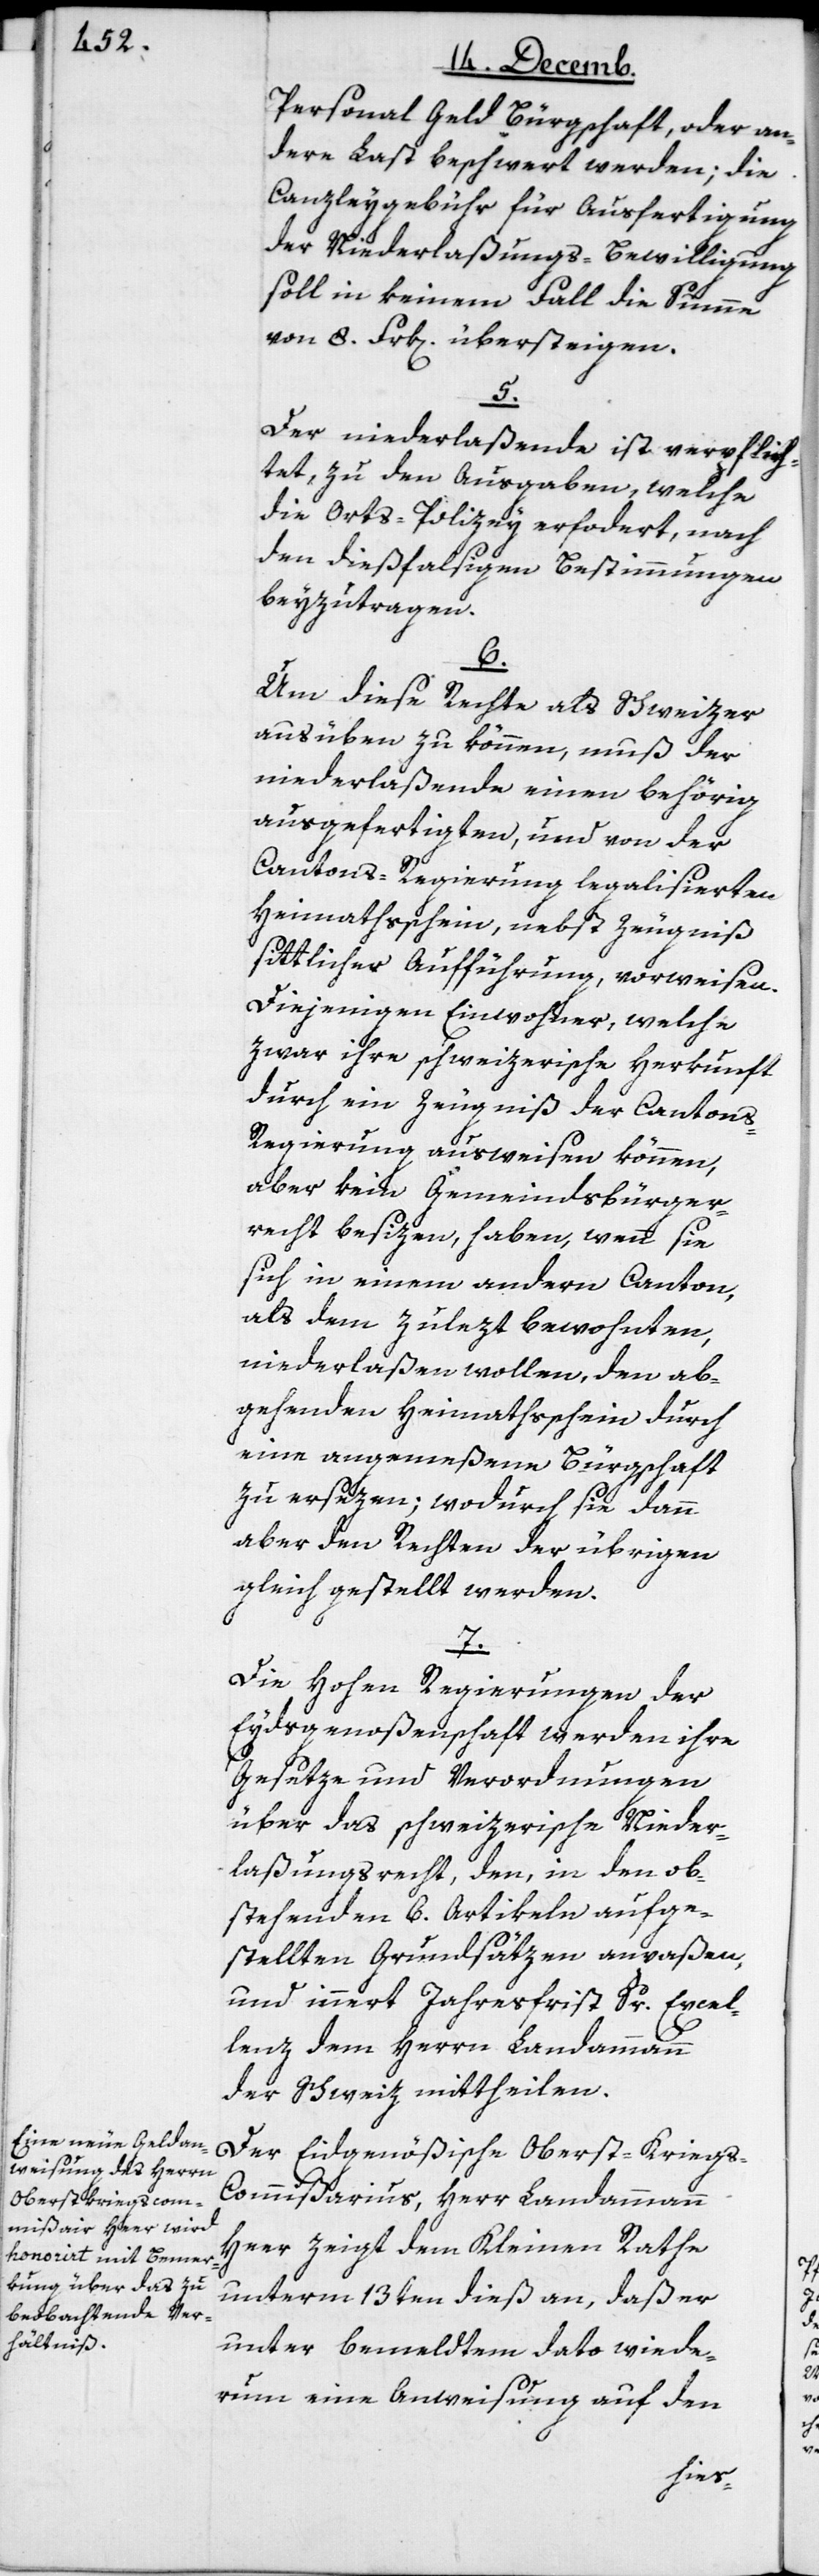
Personal Geld Bürgschaft, oder an¬
dere Last beschwert werden; die
Canzleygebühr für Ausfertigung
der Niederlaßungs-Bewilligung
soll in keinem Fall die Summe
von 8. Frk[en]. übersteigen.
5.
Der niederlaßende ist verpflich¬
tet, zu den Ausgaben, welche
die Orts-Polizey erfordert, nach
den dießfalsigen Bestimmungen
beyzutragen.
6.
Um diese Rechte als Schweizer
ausüben zu können, muß der
niederlaßende einen behörig
ausgefertigten, und von der
Cantons-Regierung legalisierten
Heimathschein, nebst Zeugniß
sittlicher Aufführung, vorweisen.
Diejenigen Einwohner, welche
zwar ihre schweizerische Herkunft
durch ein Zeugniß der Canton¬
s-Regierung ausweisen können,
aber kein Gemeindsbürger¬
recht besizen, haben, wenn sie
sich in einem andern Canton,
als dem zulezt bewohnten,
niederlaßen wollen, den ab¬
gehenden Heimatschein durch
eine angemeßene Bürgschaft
zu ersezen; wodurch sie dann
aber den Rechten der übrigen
gleichgestellt werden.
7.
Die hohen Regierungen der
Eydsgenoßenschaft werden ihre
Gesetze und Verordnungen
über das schweizerische Nieder¬
laßungsrecht, den, in den ob¬
stehenden 6. Artikeln aufge¬
stellten Grundsätzen anpaßen,
und innert Jahresfrist Sr. Excel¬
lenz dem Herrn Landammann
der Schweiz mittheilen.
Der Eidgenößische Oberst-Krieg¬
s-Commißarius, Herr Landammann
Heer, zeigt dem Kleinen Rathe
unterm 13ten dieß an, daß er
unter bemeldtem dato wiede¬
rum eine Anweisung auf den